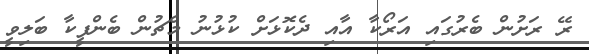
ރޭ ރަށުން ބެރުގައި އަރޯކާ އާއި ދެކޮޅަށް ކުޅުނު މެޗުން ބެންފީކާ ބަލިވީ